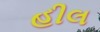
હીલ